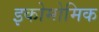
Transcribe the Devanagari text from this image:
इकोमोमिक